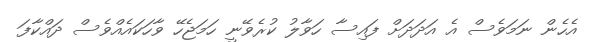
އެހެން ނަމަވެސް އެ އަދަދަށް ފައިސާ ހަވާލު ކުރެވޭނީ ހަމަޖެހޭ ވާހަކައެއްވެސް ދައްކާފަ